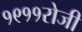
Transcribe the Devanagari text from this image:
१९११रोजी